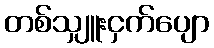
တစ်သျှူးငှက်ပျော